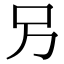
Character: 𠮠